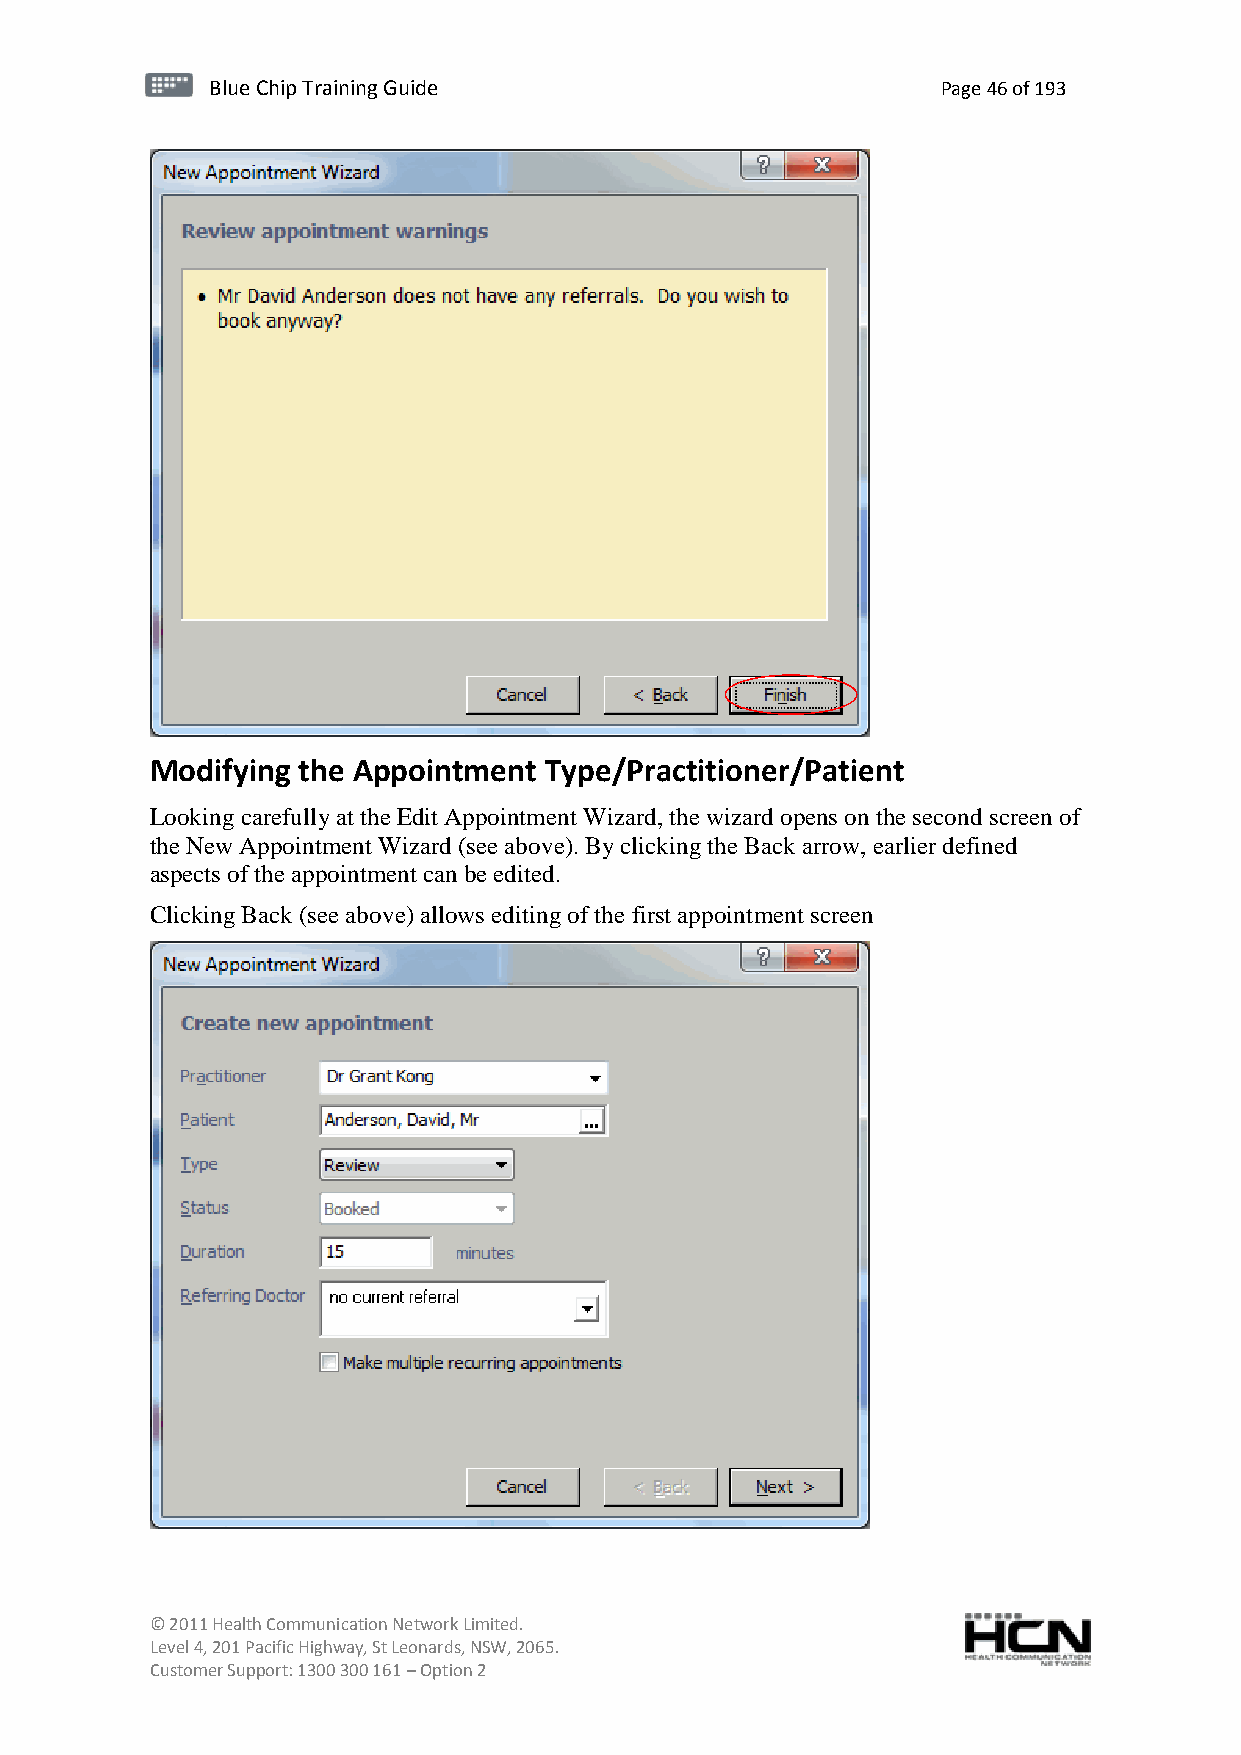
BBlluuee C Chihpi pTr Tairnainingi Gnugi dGeu ide Page 46 of 193
 Modifying the Appointment Type/Practitioner/Patient
 Looking carefully at the Edit Appointment Wizard, the wizard opens on the second screen of
 the New Appointment Wizard (see above). By clicking the Back arrow, earlier defined
 aspects of the appointment can be edited.
 Clicking Back (see above) allows editing of the first appointment screen
 © 2011 Health Communication Network Limited.
 Level 4, 201 Pacific Highway, St Leonards, NSW, 2065.
 Customer Support: 1300 300 161 – Option 2